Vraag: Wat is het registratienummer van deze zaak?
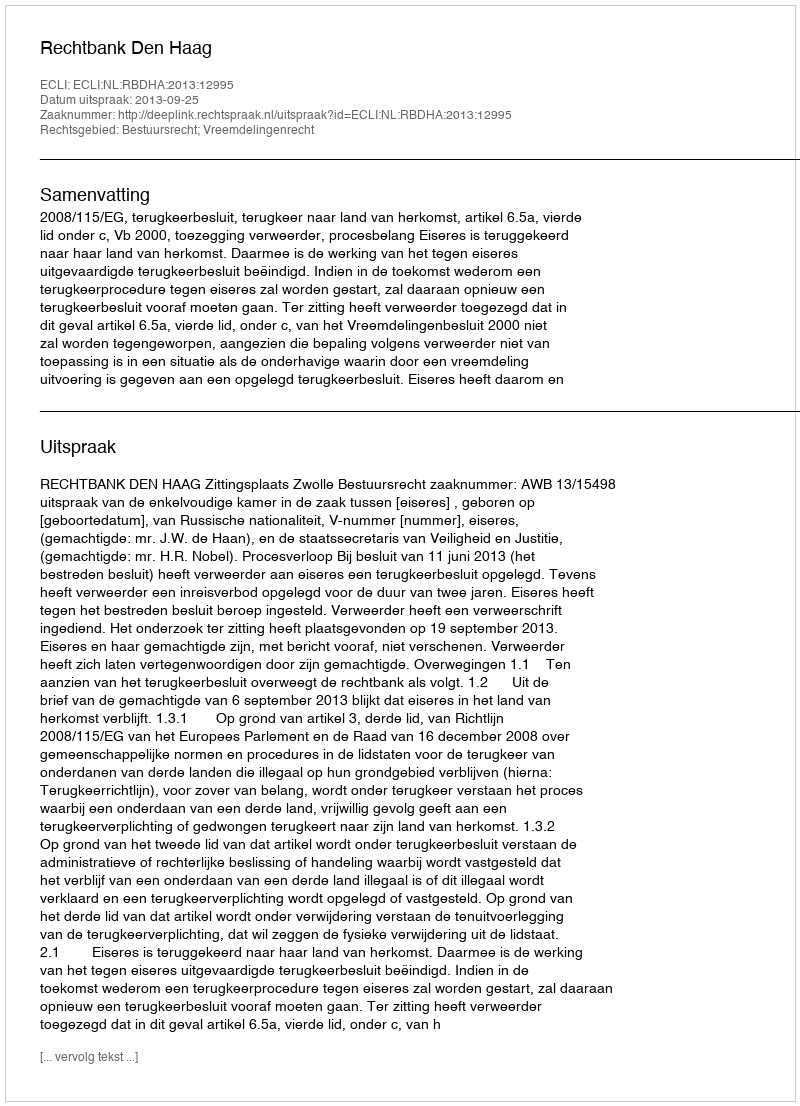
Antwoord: http://deeplink.rechtspraak.nl/uitspraak?id=ECLI:NL:RBDHA:2013:12995